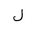
Letter: _lam